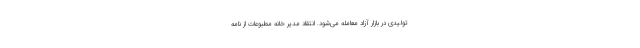
تولیدی در بازار آزاد معامله می‌شود‌. انتقاد مدیر خانه مطبوعات از نامه